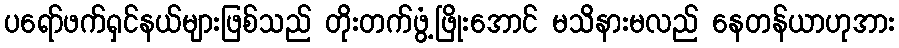
ပရော်ဖက်ရှင်နယ်များဖြစ်သည် တိုးတက်ဖွံ့ဖြိုးအောင် မသိနားမလည် နေတန်ယာဟုအား